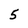
Character: 5